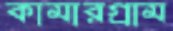
কামারগ্রাম